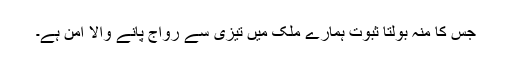
جس کا منہ بولتا ثبوت ہمارے ملک میں تیزی سے رواج پانے والا امن ہے۔